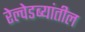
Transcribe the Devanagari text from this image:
रेल्वेडब्यांतील